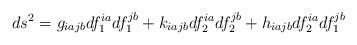
LaTeX: \begin{align*}ds^2=g_{iajb}df_1^{ia}df_1^{jb}+k_{iajb}df_2^{ia}df_2^{jb}+h_{iajb}df_2^{ia}df_1^{jb}\end{align*}